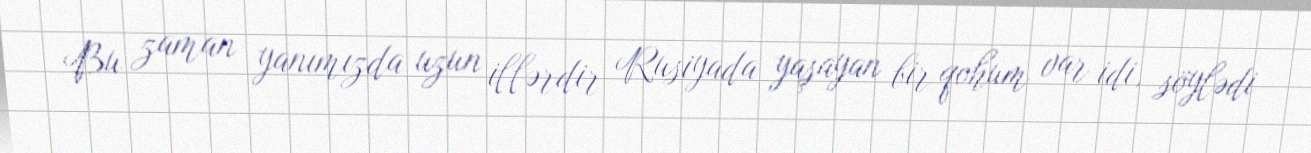
Bu zaman yanımızda uzun illərdir Rusiyada yaşayan bir qohum var idi, söylədi